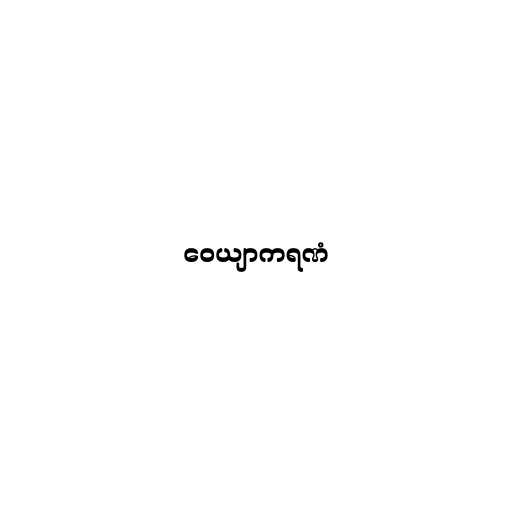
ဝေယျာကရဏံ